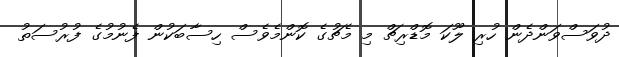
ދުވަސްވަންދެން ހުރި ލޫކަ މޮޑްރިޗް މި މެޗުގެ ކޮންމެވެސް ހިސާބަކުން ފެނުމުގެ ފުރުސަތު